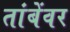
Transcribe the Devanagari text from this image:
तांबेंवर